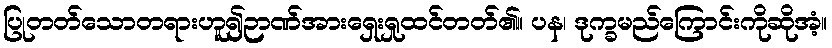
ပြုတတ်သောတရားဟူ၍ဉာဏ်အားရှေးရှုထင်တတ်၏။ ပန၊ ဒုက္ခမည်ကြောင်းကိုဆိုအံ့။